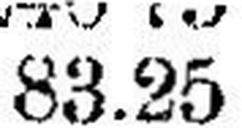
83.25